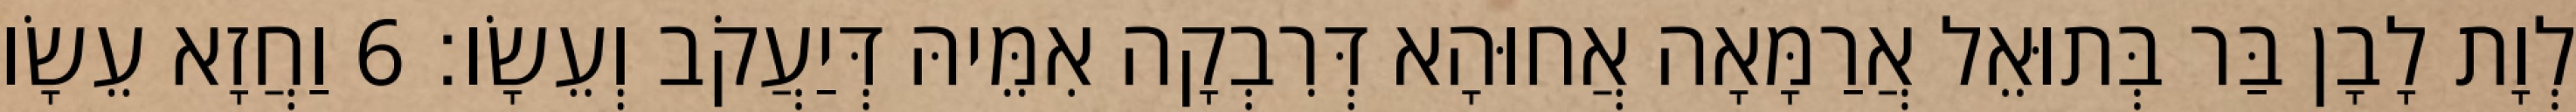
לְוָת לָבָן בַּר בְּתוּאֵל אֲרַמָּאָה אֲחוּהָא דְּרִבְקָה אִמֵּיהּ דְּיַעֲקֹב וְעֵשָׂו׃ 6 וַחֲזָא עֵשָׂו